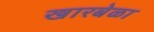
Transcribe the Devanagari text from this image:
खारबेळा